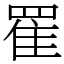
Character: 䍜